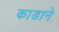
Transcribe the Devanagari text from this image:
काडाने